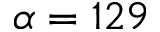
\alpha = 1 2 9